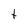
Character: t